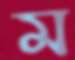
ম